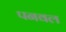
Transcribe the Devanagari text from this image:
पनवल